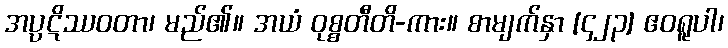
အပ္ပဋိဿဝတာ၊ မည်၏။ အယံ ဝုစ္စတီတိ-ကား။ စာမျက်နှာ [၄၂၃] ဧဝရူပါ၊